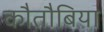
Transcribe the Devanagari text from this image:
कौतौबिया